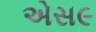
એસ૯